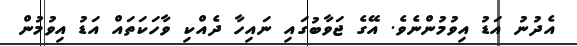
އެދުނު އަޑު އިވުމުންނެވެ. އޭގެ ޖަވާބުގައި ނައިހާ ދެއްކި ވާހަކަތައް އަޑު އިވުމުން